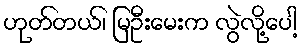
ဟုတ်တယ်၊ မြဦးမေးက လွဲလို့ပေါ့